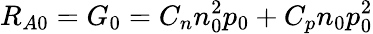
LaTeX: R_{A0}=G_{0}=C_{n}n_{0}^{2}p_{0}+C_{p}n_{0}p_{0}^{2}